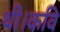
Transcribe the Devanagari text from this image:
थी।कवि